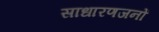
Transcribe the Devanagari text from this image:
साधारणजनों